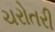
ચરોતરી